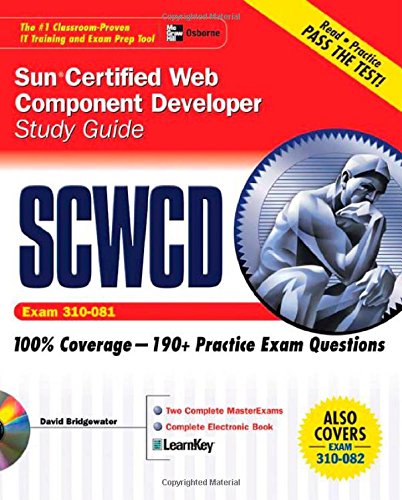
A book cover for Sun Certified Web Component Developer Study Guide (Exams 310-081 & 310-082) (Oracle Press); David Bridgewater; Computers & Technology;